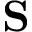
\mathbf { S }